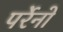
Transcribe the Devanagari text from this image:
पर्रेनो